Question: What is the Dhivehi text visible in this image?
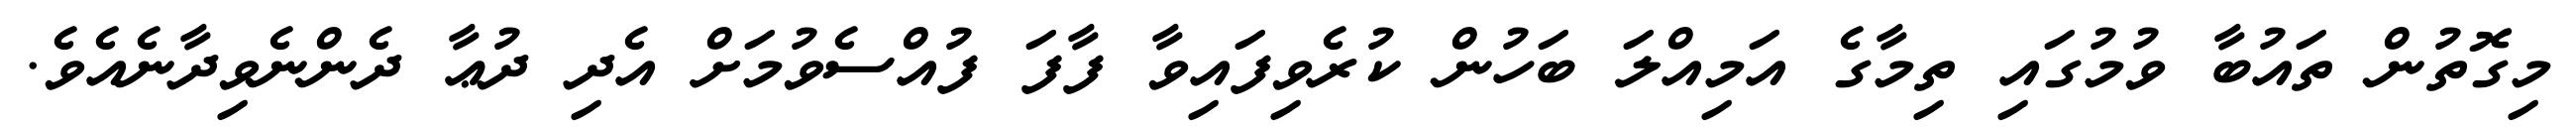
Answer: މިގޮތުން ތައުބާ ވުމުގައި ތިމާގެ އަމިއްލަ ބަހުން ކުރެވިފައިވާ ފާފަ ފުއްސެވުމަށް އެދި ދުޢާ ދެންނެވިދާނެއެވެ.